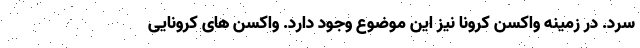
سرد. در زمینه واکسن کرونا نیز این موضوع وجود دارد. واکسن های کرونایی